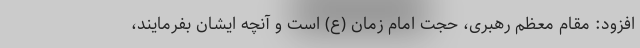
افزود: مقام معظم رهبری، حجت امام زمان (ع) است و آنچه ایشان بفرمایند،